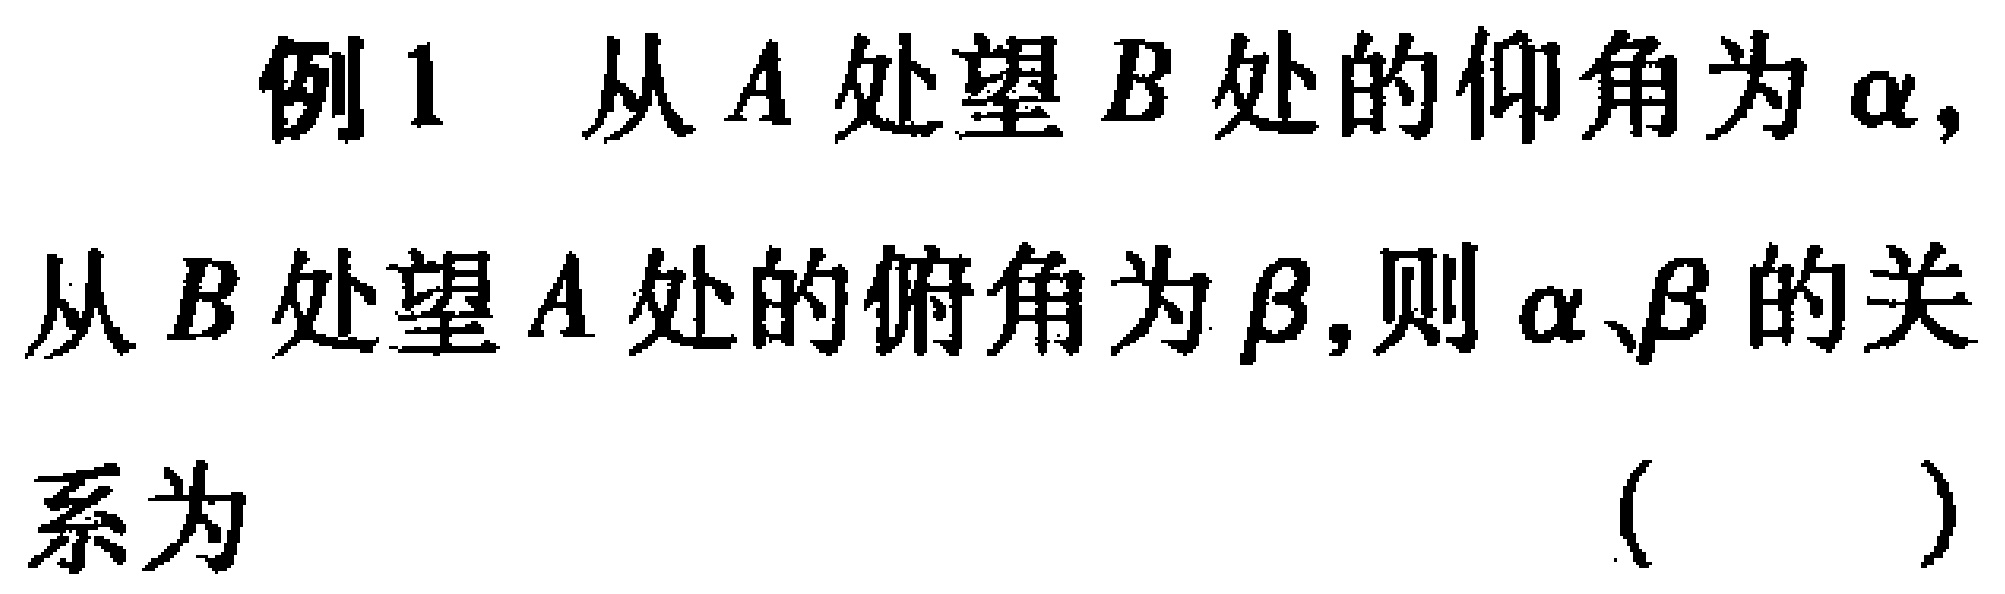
例1 从$A$处望$B$处的仰角为$\alpha,$从$B$处望$A$处的俯角为$\beta,$则$\alpha、\beta$的关系为（  ）